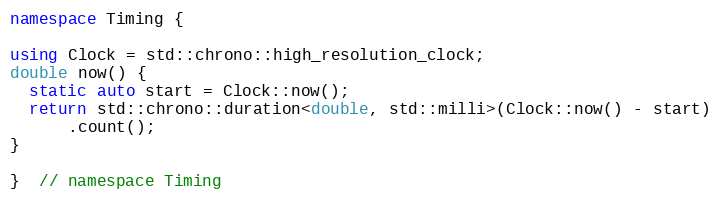
Language: C++
namespace Timing {

using Clock = std::chrono::high_resolution_clock;
double now() {
  static auto start = Clock::now();
  return std::chrono::duration<double, std::milli>(Clock::now() - start)
      .count();
}

}  // namespace Timing